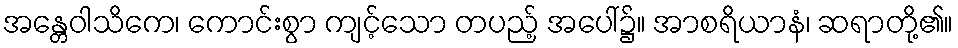
အန္တေဝါသိကေ၊ ကောင်းစွာ ကျင့်သော တပည့် အပေါ်၌။ အာစရိယာနံ၊ ဆရာတို့၏။